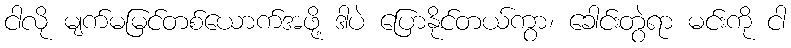
ငါလို မျက်မမြင်တစ်ယောက်အဖို့ ဒါပဲ ပြောနိုင်တယ်ကွာ၊ ခေါင်းတွဲရာ မင်းကို ငါ